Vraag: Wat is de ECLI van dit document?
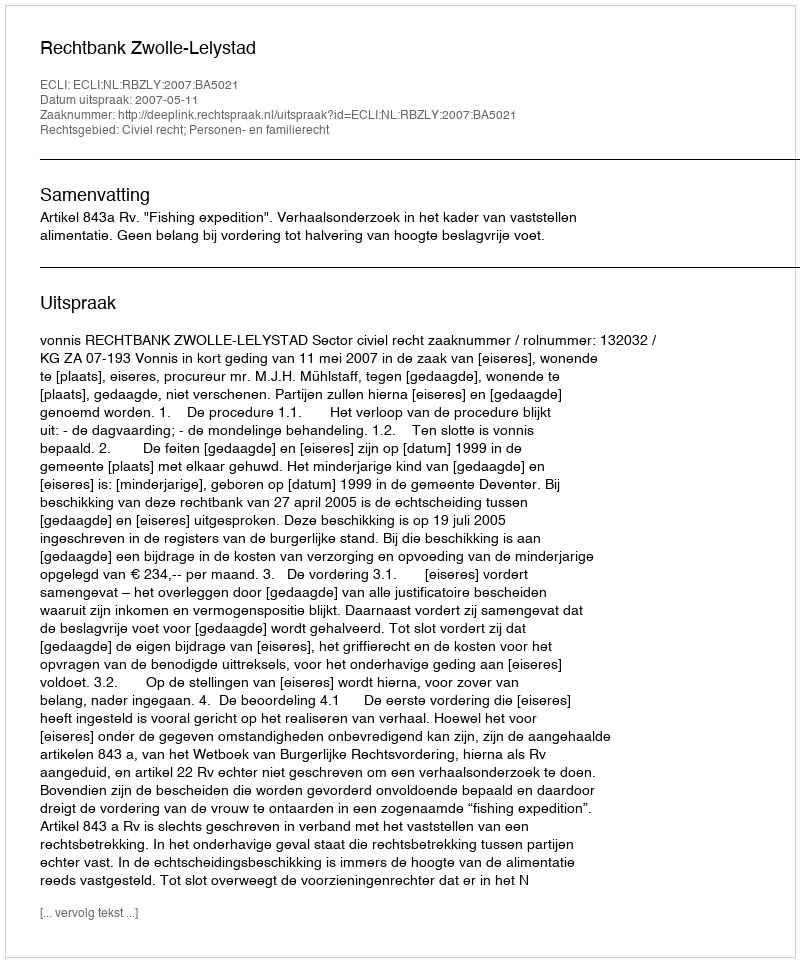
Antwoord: ECLI:NL:RBZLY:2007:BA5021